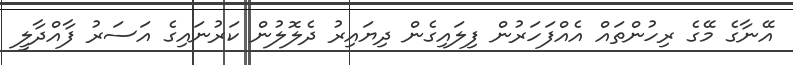
އޭނާގެ މޭގެ ރިހުންތައް އެއްފަހަރުން ފިލައިގެން ދިޔައިރު ދެލޮލުން ކަރުނައިގެ އަސަރު ފާއްދާލީ